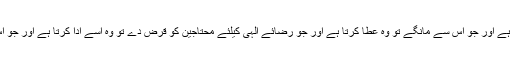
یعنی جو اس پر توکل کرے وہ اس کیلئے کافی ہے اور جو اس سے مانگے تو وہ عطا کرتا ہے اور جو رضائے الہٰی کیلئے محتاجین کو قرض دے تو وہ اسے ادا کرتا ہے اور جو اس کا شکر کرے وہ اس کی اچھی جزا دیتا ہے۔